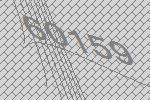
60159